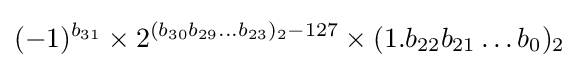
(-1)^{b_{31}}\times 2^{(b_{30}b_{29}\dots b_{23})_{2}-127}\times (1.b_{22}b_{21}\dots b_{0})_{2}